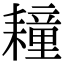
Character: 𦔛